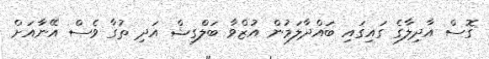
ގޮސް އާދިލާގެ ގައިގައި ބައްދާލަމުން އުޒްވާ ބަލްގިޝް އަދި ތުގާ ވެސް އޭނާއަށް